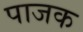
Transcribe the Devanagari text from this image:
पाजक